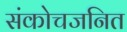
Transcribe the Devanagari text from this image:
संकोचजनित